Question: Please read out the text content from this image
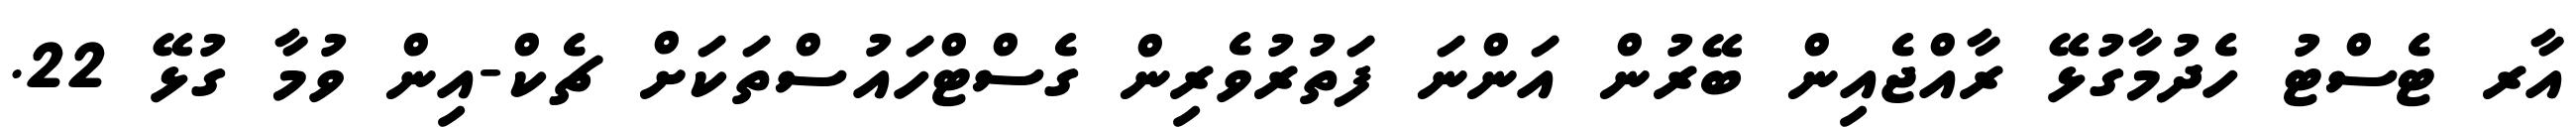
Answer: އާރ ޓެސްޓު ހެދުމާގުޅޭ ރާއްޖެއިން ބޭރުން އަންނަ ފަތުރުވެރިން ގެސްޓްހައުސްތަކަށް ޗެކް-އިން ވުމާ ގުޅޭ 22.